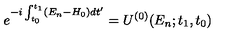
e ^ { - i \int _ { t _ { 0 } } ^ { t _ { 1 } } ( E _ { n } - H _ { 0 } ) d t ^ { \prime } } = U ^ { ( 0 ) } ( E _ { n } ; t _ { 1 } , t _ { 0 } )